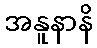
အနူနာနိ